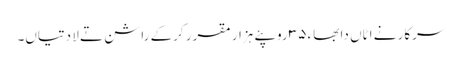
سرکار نے اٹاں دا بھاء ٣٥ روپئے ہزار مقرر کرکے راشن تے لا دتیاں۔